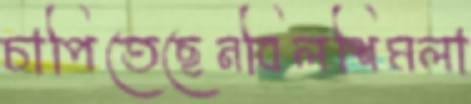
চাপিতেছেনবিলশিমলা